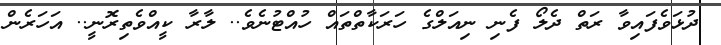
ދުޅަވެފައިވާ ރަތް ދެލޯ ފެނި ނިއަލްގެ ހަރަކާތްތައް ހުއްޓުނެވެ.. ލާރާ ކީއްވެތިރޮނީ.. އަހަރެން